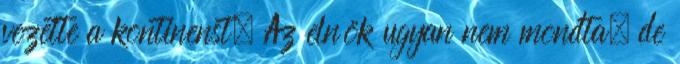
vezette a kontinenst. Az elnök ugyan nem mondta, de